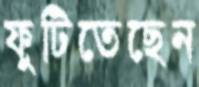
ফুটিতেছেন